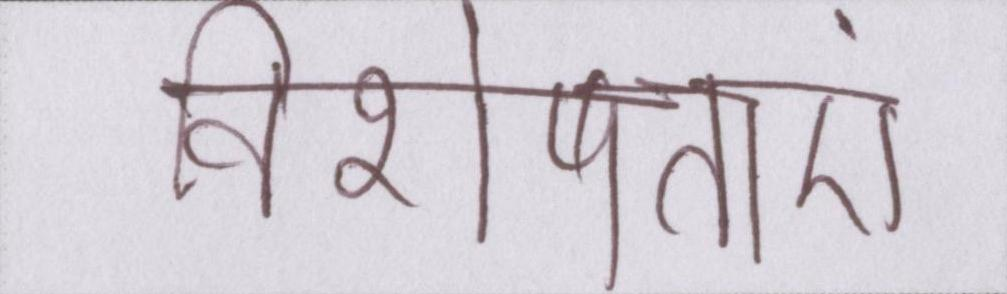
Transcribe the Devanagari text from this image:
विशेषताएं